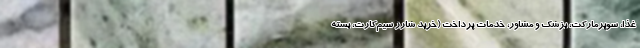
غذا، سوپرمارکت، پزشک و مشاور، خدمات پرداخت (خرید شارژ سیم‌کارت، بسته